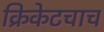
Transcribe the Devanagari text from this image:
क्रिकेटचाच